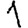
Digit: 1